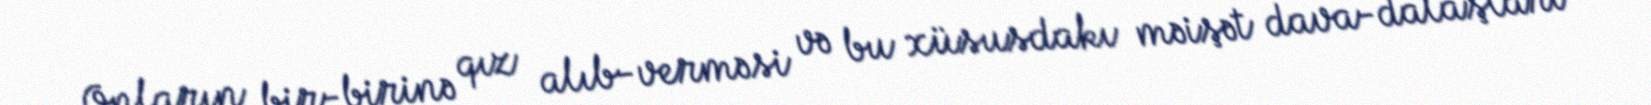
Onların bir-birinə qız alıb-verməsi və bu xüsusdakı məişət dava-dalaşları